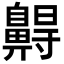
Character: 𪖭